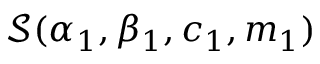
\mathcal { S } ( \alpha _ { 1 } , \beta _ { 1 } , c _ { 1 } , m _ { 1 } )